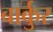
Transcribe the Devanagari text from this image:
बार्कुर